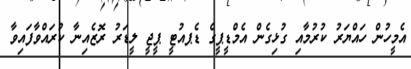
އެމީހުން ހައްޔަރު ކުރުމާއި ގުޅިގެން އެމްޑީޕީގެ ޑެޕއުޓީ ޕީޖީ ލީޑަރު ރޮޒެއިނާ ކުރައްވާފައިވާ